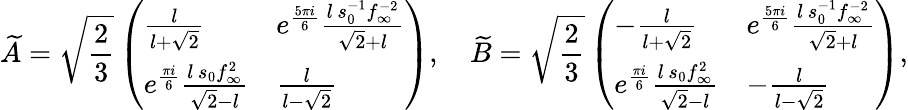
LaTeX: \widetilde{A}=\sqrt{\frac 23}\left(\begin{array}{ll}{\frac{l}{l+\sqrt 2}}&{e^{\frac{5\pi i}6}\frac{l\, s_{0}^{-1}f_{\infty}^{-2}}{\sqrt 2+l}}\\ {e^{\frac{\pi i}6}\frac{l\, s_{0}f_{\infty}^{2}}{\sqrt 2-l}}&{\frac{l}{l-\sqrt{2}}}\end{array}\right),\quad\widetilde{B}=\sqrt{\frac 23}\left(\begin{array}{ll}{-\frac{l}{l+\sqrt 2}}&{e^{\frac{5\pi i}6}\frac{l\, s_{0}^{-1}f_{\infty}^{-2}}{\sqrt 2+l}}\\ {e^{\frac{\pi i}6}\frac{l\, s_{0}f_{\infty}^{2}}{\sqrt 2-l}}&{-\frac{l}{l-\sqrt{2}}}\end{array}\right),